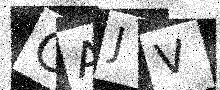
Text: CAJV